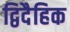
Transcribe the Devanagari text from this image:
द्विदैहिक